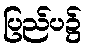
ပြည်ပ၌